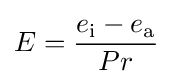
E={\frac {e_{\text{i}}-e_{\text{a}}}{Pr}}